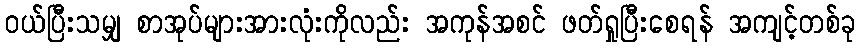
ဝယ်ပြီးသမျှ စာအုပ်များအားလုံးကိုလည်း အကုန်အစင် ဖတ်ရှုပြီးစေရန် အကျင့်တစ်ခု